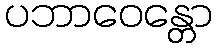
ပဘာဝေန္တော